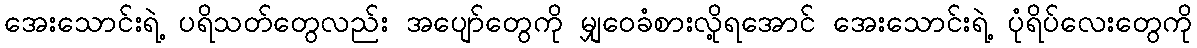
အေးသောင်းရဲ့ ပရိသတ်တွေလည်း အပျော်တွေကို မျှဝေခံစားလို့ရအောင် အေးသောင်းရဲ့ ပုံရိပ်လေးတွေကို